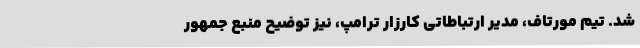
شد. تیم مورتاف، مدیر ارتباطاتی کارزار ترامپ، نیز توضیح منبع جمهور